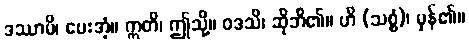
ဒဿာမိ၊ ပေးအံ့။ ဣတိ၊ ဤသို့။ ဝဒသိ၊ ဆိုဘိ၏။ ဟိ (သစ္စံ)၊ မှန်၏။